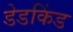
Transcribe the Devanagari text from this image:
डेडकिंड